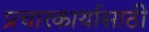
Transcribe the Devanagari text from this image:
प्रचारकार्यासाठी